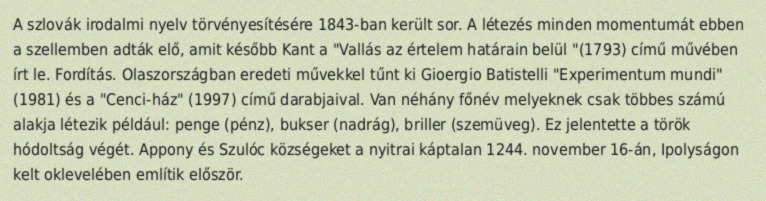
A szlovák irodalmi nyelv törvényesítésére 1843-ban került sor. A létezés minden momentumát ebben a szellemben adták elő, amit később Kant a "Vallás az értelem határain belül "(1793) című művében írt le. Fordítás. Olaszországban eredeti művekkel tűnt ki Gioergio Batistelli "Experimentum mundi" (1981) és a "Cenci-ház" (1997) című darabjaival. Van néhány főnév melyeknek csak többes számú alakja létezik például: penge (pénz), bukser (nadrág), briller (szemüveg). Ez jelentette a török hódoltság végét. Appony és Szulóc községeket a nyitrai káptalan 1244. november 16-án, Ipolyságon kelt oklevelében említik először.